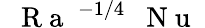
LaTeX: \mathrm{~\textit~{~R~a~}~}^{-1/4}\mathrm{~\textit~{~N~u~}~}